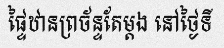
ផ្ទៃឋានព្រច័ន្ទតែម្តង នៅថ្ងៃទី